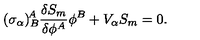
( \sigma _ { \alpha } ) _ { B } ^ { \! A } \frac { \delta S _ { m } } { \delta \phi ^ { A } } \phi ^ { B } + V _ { \alpha } S _ { m } = 0 .